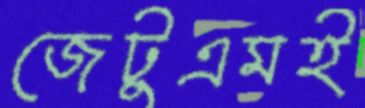
জেটুএমই